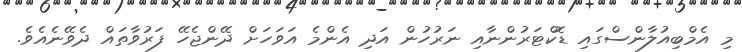
މި އެމްބިއުލާންސްގައި ޑޮކްޓަރުންނާއި ނަރުހުން އަދި އެންމެ އަވަހަށް ދޭންޖެހޭ ފަރުވާތައް ދެވޭނެއެވެ.